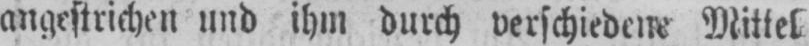
angestrichen und ihm durch verschieden Mittel